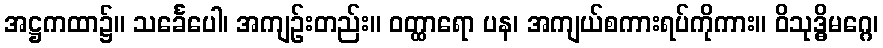
အဋ္ဌကထာ၌။ သင်္ခေပေါ၊ အကျဉ်းတည်း။ ဝတ္ထာရော ပန၊ အကျယ်စကားရပ်ကိုကား။ ဝိသုဒ္ဓိမဂ္ဂေ၊